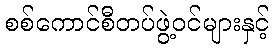
စစ်ကောင်စီတပ်ဖွဲ့ဝင်များနှင့်